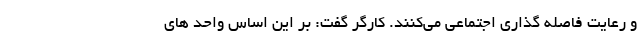
و رعایت فاصله گذاری اجتماعی می‌کنند. کارگر گفت: بر این اساس واحد های